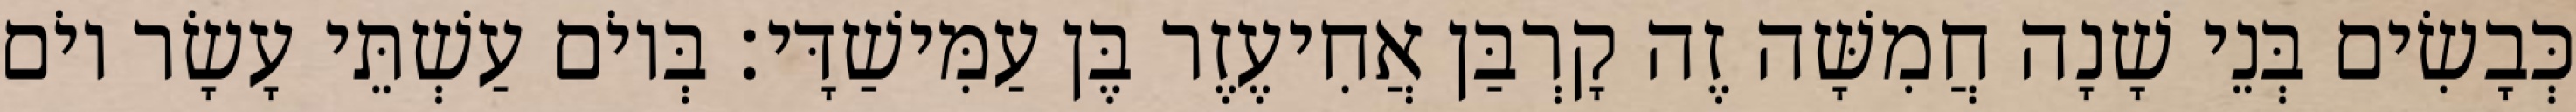
כְּבָשִׂים בְּנֵי שָׁנָה חֲמִשָּׁה זֶה קָרְבַּן אֲחִיעֶזֶר בֶּן עַמִּישַׁדָּי׃ בְּיוֹם עַשְׁתֵּי עָשָׂר יוֹם